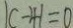
\vert c - 4 \vert = 0